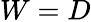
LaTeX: W=D